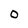
Character: 0